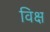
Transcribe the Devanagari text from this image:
विक्ष